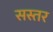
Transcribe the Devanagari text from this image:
सस्तर